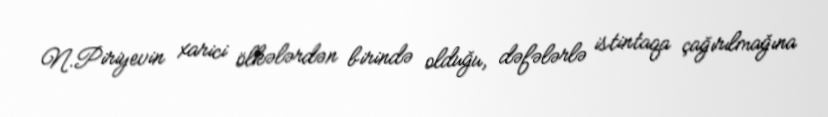
N.Piriyevin xarici ölkələrdən birində olduğu, dəfələrlə istintaqa çağırılmağına